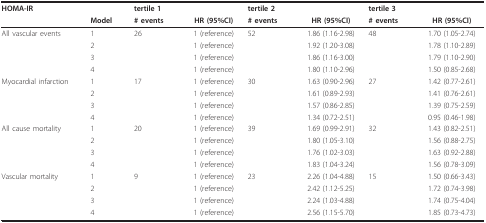
<table><thead><tr><td><b>HOMA-IR</b></td><td></td><td colspan="2"><b>tertile 1</b></td><td colspan="2"><b>tertile 2</b></td><td colspan="2"><b>tertile 3</b></td></tr><tr><td></td><td><b>Model</b></td><td><b># events</b></td><td><b>HR (95%CI)</b></td><td><b># events</b></td><td><b>HR (95%CI)</b></td><td><b># events</b></td><td><b>HR (95%CI)</b></td></tr></thead><tbody><tr><td>All vascular events</td><td>1</td><td>26</td><td>1 (reference)</td><td>52</td><td>1.86 (1.16-2.98)</td><td>48</td><td>1.70 (1.05-2.74)</td></tr><tr><td></td><td>2</td><td></td><td>1 (reference)</td><td></td><td>1.92 (1.20-3.08)</td><td></td><td>1.78 (1.10-2.89)</td></tr><tr><td></td><td>3</td><td></td><td>1 (reference)</td><td></td><td>1.86 (1.16-3.00)</td><td></td><td>1.79 (1.10-2.90)</td></tr><tr><td></td><td>4</td><td></td><td>1 (reference)</td><td></td><td>1.80 (1.10-2.96)</td><td></td><td>1.50 (0.85-2.68)</td></tr><tr><td>Myocardial infarction</td><td>1</td><td>17</td><td>1 (reference)</td><td>30</td><td>1.63 (0.90-2.96)</td><td>27</td><td>1.42 (0.77-2.61)</td></tr><tr><td></td><td>2</td><td></td><td>1 (reference)</td><td></td><td>1.61 (0.89-2.93)</td><td></td><td>1.41 (0.76-2.61)</td></tr><tr><td></td><td>3</td><td></td><td>1 (reference)</td><td></td><td>1.57 (0.86-2.85)</td><td></td><td>1.39 (0.75-2.59)</td></tr><tr><td></td><td>4</td><td></td><td>1 (reference)</td><td></td><td>1.34 (0.72-2.51)</td><td></td><td>0.95 (0.46-1.98)</td></tr><tr><td>All cause mortality</td><td>1</td><td>20</td><td>1 (reference)</td><td>39</td><td>1.69 (0.99-2.91)</td><td>32</td><td>1.43 (0.82-2.51)</td></tr><tr><td></td><td>2</td><td></td><td>1 (reference)</td><td></td><td>1.80 (1.05-3.10)</td><td></td><td>1.56 (0.88-2.75)</td></tr><tr><td></td><td>3</td><td></td><td>1 (reference)</td><td></td><td>1.76 (1.02-3.03)</td><td></td><td>1.63 (0.92-2.88)</td></tr><tr><td></td><td>4</td><td></td><td>1 (reference)</td><td></td><td>1.83 (1.04-3.24)</td><td></td><td>1.56 (0.78-3.09)</td></tr><tr><td>Vascular mortality</td><td>1</td><td>9</td><td>1 (reference)</td><td>23</td><td>2.26 (1.04-4.88)</td><td>15</td><td>1.50 (0.66-3.43)</td></tr><tr><td></td><td>2</td><td></td><td>1 (reference)</td><td></td><td>2.42 (1.12-5.25)</td><td></td><td>1.72 (0.74-3.98)</td></tr><tr><td></td><td>3</td><td></td><td>1 (reference)</td><td></td><td>2.24 (1.03-4.88)</td><td></td><td>1.74 (0.75-4.04)</td></tr><tr><td></td><td>4</td><td></td><td>1 (reference)</td><td></td><td>2.56 (1.15-5.70)</td><td></td><td>1.85 (0.73-4.73)</td></tr></tbody></table>